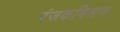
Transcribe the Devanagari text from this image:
रंजकमिश्रण